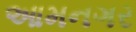
આમનગર